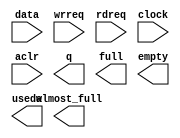
module sfifo_65x128 (
	data,
	wrreq,
	rdreq,
	clock,
	aclr,
	q,
	full,
	empty,
	usedw,
	almost_full);

	input	[64:0]  data;
	input	  wrreq;
	input	  rdreq;
	input	  clock;
	input	  aclr;
	output	[64:0]  q;
	output	  full;
	output	  empty;
	output	[6:0]  usedw;
	output	  almost_full;

endmodule